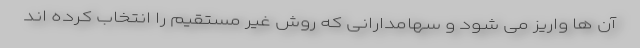
آن ها واریز می شود و سهامدارانی که روش غیر مستقیم را انتخاب کرده اند